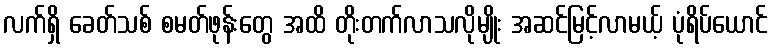
လက်ရှိ ခေတ်သစ် စမတ်ဖုန်းတွေ အထိ တိုးတက်လာသလိုမျိုး အဆင်မြင့်လာမယ့် ပုံရိပ်ယောင်